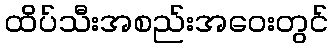
ထိပ်သီးအစည်းအဝေးတွင်